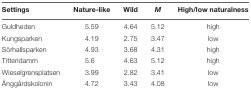
<table><thead><tr><td><b>Settings</b></td><td><b>Nature-like</b></td><td><b>Wild</b></td><td><b><i>M</i></b></td><td><b>High/low naturalness</b></td></tr></thead><tbody><tr><td>Guldheden</td><td>5.59</td><td>4.64</td><td>5.12</td><td>high</td></tr><tr><td>Kungsparken</td><td>4.19</td><td>2.75</td><td>3.47</td><td>low</td></tr><tr><td>Sörhallsparken</td><td>4.93</td><td>3.68</td><td>4.31</td><td>high</td></tr><tr><td>Titteridamm</td><td>5.6</td><td>4.63</td><td>5.12</td><td>high</td></tr><tr><td>Wieselgrensplatsen</td><td>3.99</td><td>2.82</td><td>3.41</td><td>low</td></tr><tr><td>Änggårdskolonin</td><td>4.72</td><td>3.43</td><td>4.08</td><td>low</td></tr></tbody></table>